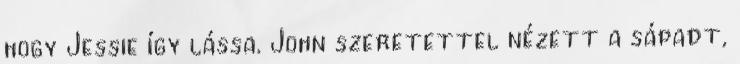
hogy Jessie így lássa. John szeretettel nézett a sápadt,